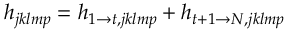
h _ { j k l m p } = h _ { 1 \rightarrow t , j k l m p } + h _ { t + 1 \rightarrow N , j k l m p }